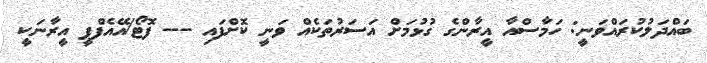
ބައްދަލުކުރައްވަނީ: ހަމާސްއާ އީރާންގެ ގުޅުމަށް އަސަރުތަކެއް ވަނީ ކޮށްފައި --- ފޮޓޯ/އޭއެފްޕީ އީރާނަކީ